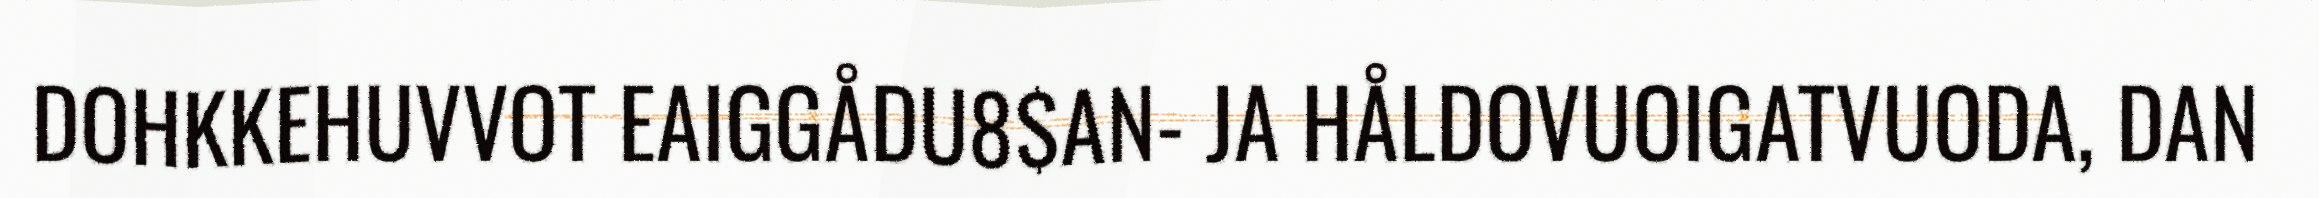
DOHKKEHUVVOT EAIGGÅDU8$AN- JA HÅLDOVUOIGATVUODA, DAN